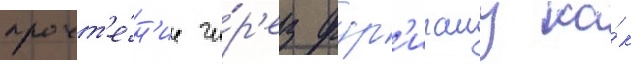
прочт'е́н'ие че́р'ез фур'игану ка́к